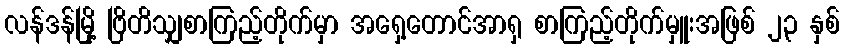
လန်ဒန်မြို့ ဗြိတိသျှစာကြည့်တိုက်မှာ အရှေ့တောင်အာရှ စာကြည့်တိုက်မှူးအဖြစ် ၂၃ နှစ်